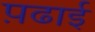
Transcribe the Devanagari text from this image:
प़ढाई